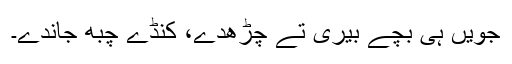
جویں ہی بچے بیری تے چڑھدے، کنڈے چُبھ جاندے۔